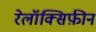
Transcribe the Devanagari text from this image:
रेलॉक्सिफ़ीन